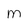
Character: m